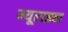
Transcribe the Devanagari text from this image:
म्यूराइन